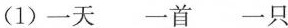
(1)一天一首一只